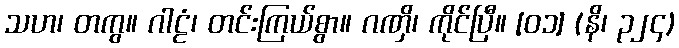
သဟ၊ တကွ။ ဂါဠံ၊ တင်းကြယ်စွာ။ ဂဏှိ၊ ကိုင်ပြီ။ [၀၁] (နိ၊ ၃၂၄)